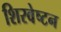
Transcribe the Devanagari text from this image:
शिरवेष्टन